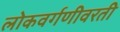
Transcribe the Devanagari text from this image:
लोकवर्गणीवरती